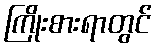
ကြိုးစားရာတွင်